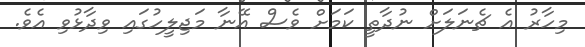
މިހާރު އެ ޗެނަލަށް ނުދާތީ ކަމަށް ވެސް އޭނާ މަޖިލީހުގައި ވިދާޅުވި އެވެ.